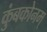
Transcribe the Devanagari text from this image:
कुंबकोनम्